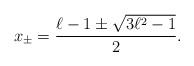
LaTeX: \begin{align*}x_{\pm} = \frac{\ell-1 \pm \sqrt{3 \ell^2 - 1}}{2}.\end{align*}